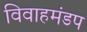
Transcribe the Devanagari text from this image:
विवाहमंडप